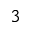
^ 3